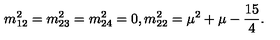
m _ { 1 2 } ^ { 2 } = m _ { 2 3 } ^ { 2 } = m _ { 2 4 } ^ { 2 } = 0 , m _ { 2 2 } ^ { 2 } = \mu ^ { 2 } + \mu - \frac { 1 5 } { 4 } .